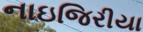
નાઇજિરીયા